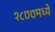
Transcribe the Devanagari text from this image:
१८७७मध्ये